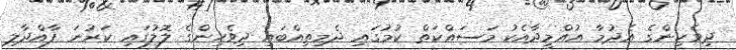
ދިވެހިންގެ އެދުމާ އުއްމީދާއެކު މަސައްކަތް ކުމުގައި ދެމިތިއްބައި ދިވެހިންގެ ލޮލުގައި ކަރުނަ ފާއްދާލި